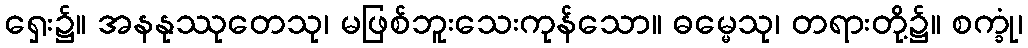
ရှေး၌။ အနနုဿုတေသု၊ မဖြစ်ဘူးသေးကုန်သော။ ဓမ္မေသု၊ တရားတို့၌။ စက္ခုံ၊